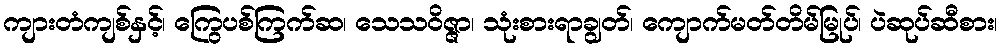
ကျားတံကျစ်နှင့်၊ ကြွေပစ်ကြက်ဆ၊ သေသဝိဇ္ဇာ၊ သုံးစားရာချွတ်၊ ကျောက်မတ်တိမ်မြုပ်၊ ပဲဆုပ်ဆီစား၊